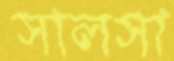
সালসা